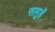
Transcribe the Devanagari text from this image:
सामुहें